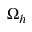
\Omega _ { h }